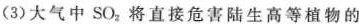
(3)大气中SO_{2}将直接危害陆生高等植物的